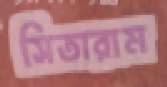
সিতারাম